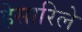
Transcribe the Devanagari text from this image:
हेसारिले